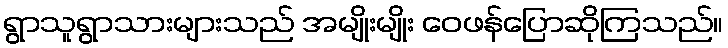
ရွာသူရွာသားများသည် အမျိုးမျိုး ဝေဖန်ပြောဆိုကြသည်။